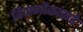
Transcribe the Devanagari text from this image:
विवानौकांकडे